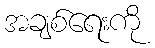
အချစ်ရေးကို